65_HS1-834228961_62-HQ-83894_Section_7
Agency: FBI
Page 3
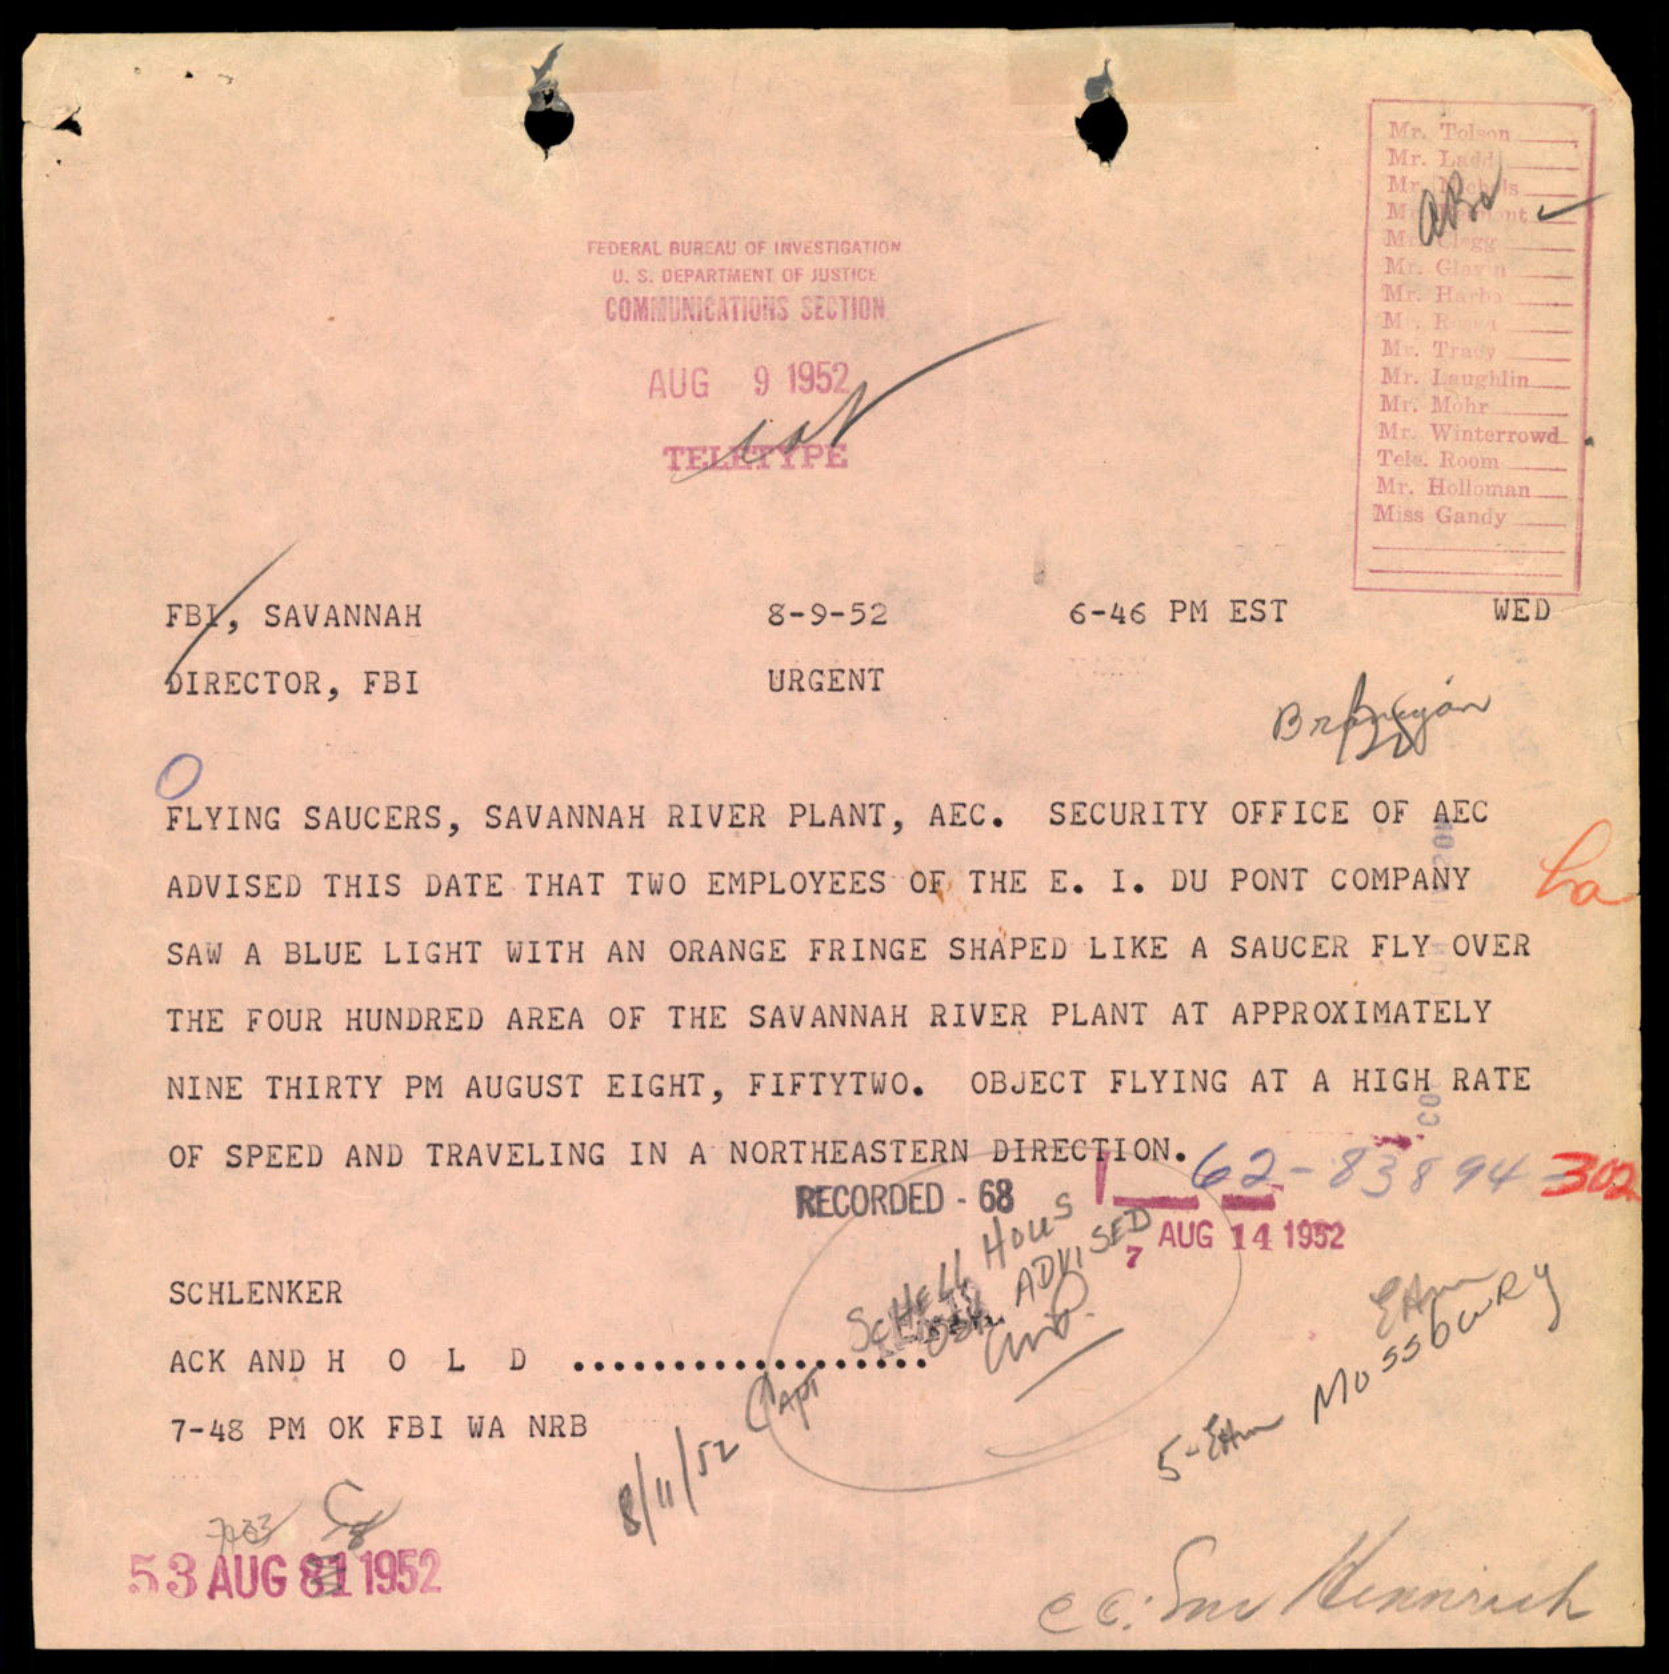